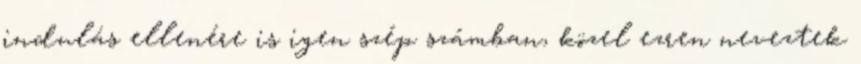
indulás ellenére is igen szép számban, közel ezren neveztek